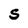
Character: S